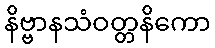
နိဗ္ဗာနသံဝတ္တနိကော